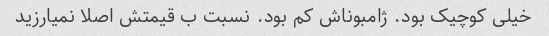
خیلی کوچیک بود. ژامبوناش کم بود. نسبت ب قیمتش اصلا نمیارزید